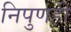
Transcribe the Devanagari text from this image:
निपुणही